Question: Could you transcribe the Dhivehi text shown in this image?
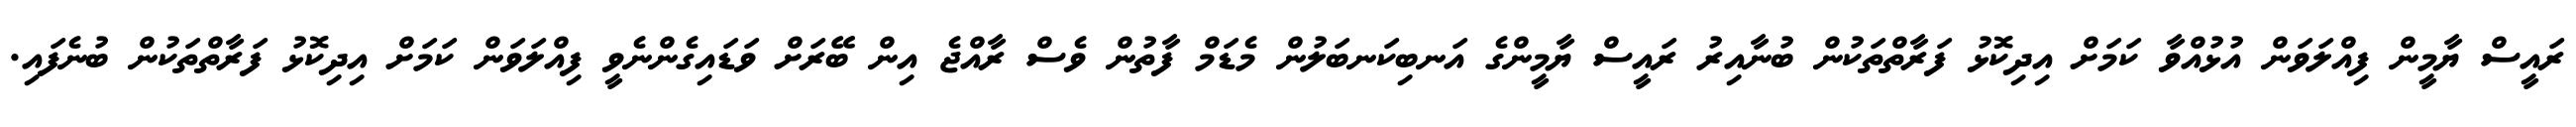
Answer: ރައީސް ޔާމީން ފިއްލަވަން އުޅުއްވާ ކަމަށް އިދިކޮޅު ފަރާތްތަކުން ބުނާއިރު ރައީސް ޔާމީންގެ އަނބިކަނބަލުން މެޑަމް ފާތުން ވެސް ރާއްޖެ އިން ބޭރަށް ވަޑައިގެންނެވީ ފިއްލަވަން ކަމަށް އިދިކޮޅު ފަރާތްތަކުން ބުނެފައި.